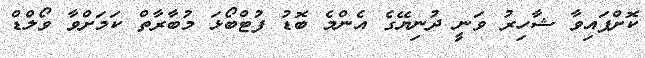
ކޮށްފައިވާ ޝާހިރު ވަނީ ދުނިޔޭގެ އެންމެ ބޮޑު ފުޓްބޯޅަ މުބާރާތް ކަމަށްވާ ވޯލްޑް